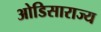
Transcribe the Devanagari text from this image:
ओडिसाराज्य